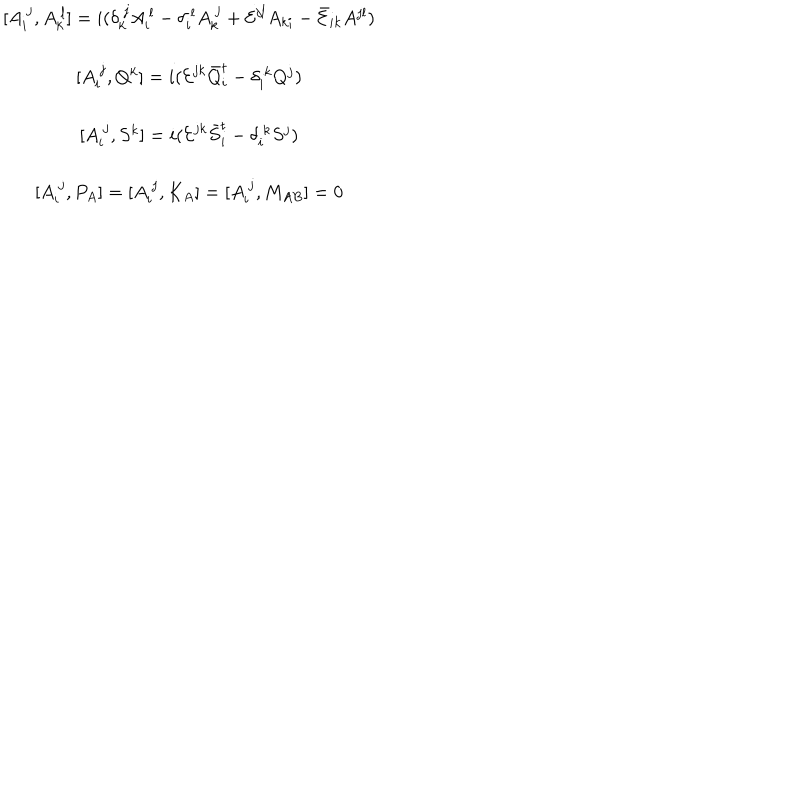
\begin{array} { c } { { [ A _ { i } ^ { ~ j } , A _ { k } ^ { ~ l } ] = i ( \delta _ { k } ^ { ~ j } A _ { i } ^ { ~ l } - \delta _ { i } ^ { ~ l } A _ { k } ^ { ~ j } + { \cal E } ^ { j l } A _ { k i } - \bar { \cal E } _ { i k } A ^ { j l } ) } } \\ { { { } } } \\ { { { [ A _ { i } ^ { ~ j } , Q ^ { k } ] = i ( { \cal E } ^ { j k } \bar { Q } _ { i } ^ { t } - \delta _ { i } ^ { ~ k } Q ^ { j } ) } } } \\ { { { } } } \\ { { { [ A _ { i } ^ { ~ j } , S ^ { k } ] = i ( { \cal E } ^ { j k } \bar { S } _ { i } ^ { t } - \delta _ { i } ^ { ~ k } S ^ { j } ) } } } \\ { { { } } } \\ { { \displaystyle { [ A _ { i } ^ { ~ j } , P _ { A } ] = [ A _ { i } ^ { ~ j } , K _ { A } ] = [ A _ { i } ^ { ~ j } , M _ { A B } ] = 0 } } } \\ \end{array}